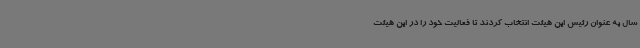
سال به عنوان رئیس این هیئت انتخاب کردند تا فعالیت خود را در این هیئت